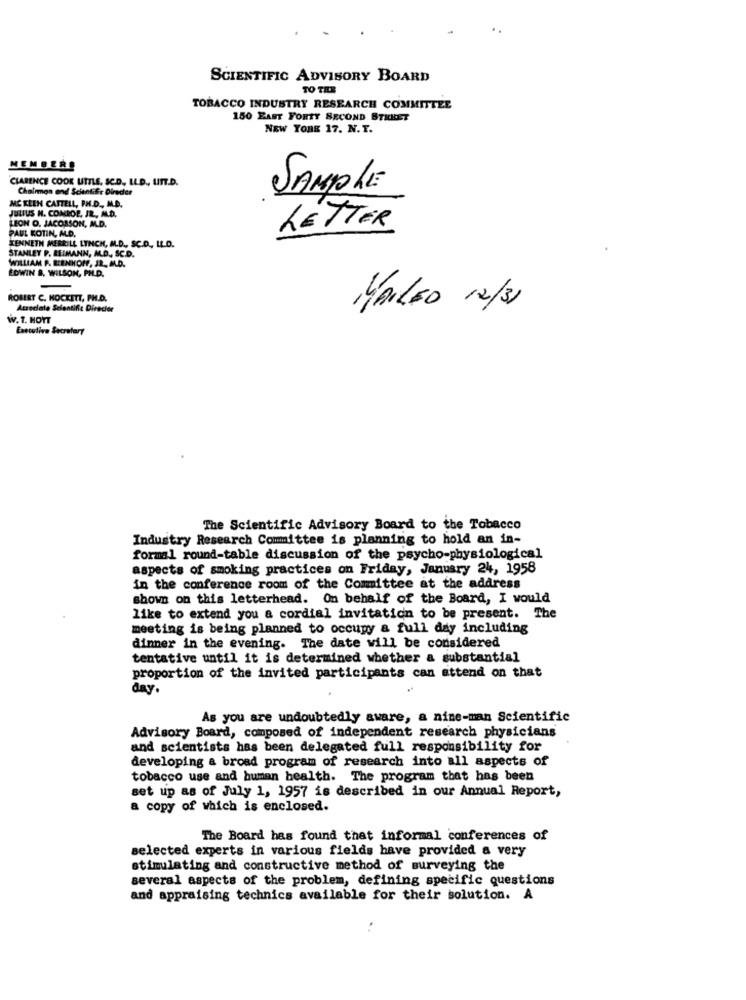
SCIENTIFIC ADVISORY BOARD
TO TER
TOBACCO INDUSTRY RESEARCH COMMITTEE
150 EAST FORTY SECOND STREET
NEW YORK 17. N.T.
MEMBERS
CLARENCE COOK UTILE, SC.D ., LLD ., UTT.D.
Chairman and Scientific Direder
SAMPLE
JULIUS H. COMROE, JR, ALD.
MC KEEN CATTELL, PH.D ., M.D.
LEON O. JACOBSON, ALD.
PAUL KOTIN, ALD.
LETTER
KENNETH MERRILL LYNCH, ILD ., SC.D ., LL.D.
STANLEY P. REIMANN, M.D ., SC.D.
WILLIAM P. BEENHON, JR. ILD.
EDWIN B. WILSON, PH.D.
ROBERT C. HOCKETT, PH.D.
Atzeclate Scientific Director
MAILED 12/31
W. T. HOYT
The Scientific Advisory Board to the Tobacco
Industry Research Committee is planning to hold an in-
formal round-table discussion of the psycho-physiological
aspects of smoking practices on Friday, January 24, 1958
in the conference room of the Committee at the address
shown on this letterhead. On behalf of the Board, I would
like to extend you a cordial invitation to be present. The
meeting is being planned to occupy & full day including
dinner in the evening. The date will be considered
tentative until it is determined whether a substantial
proportion of the invited participants can attend on that
day.
As you are undoubtedly aware, a nine-man Scientific
Advisory Board, composed of independent research physicians
and scientists has been delegated full responsibility for
developing a broad program of research into all aspects of
tobacco use and human health. The program that has been
set up as of July 1, 1957 is described in our Annual Report,
a copy of which is enclosed.
The Board has found that informal conferences of
selected experts in various fields have provided a very
stimulating and constructive method of surveying the
several aspects of the problem, defining specific questions
and appraising technics available for their solution. A